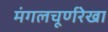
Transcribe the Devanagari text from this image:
मंगलचूर्णरेखा